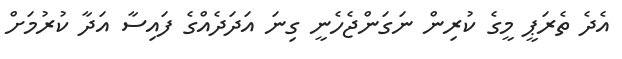
އެދެ ތެރަޕީ މީގެ ކުރިން ނަގަންޖެހެނީ ގިނަ އަދަދެއްގެ ފައިސާ އަދާ ކުރުމަށް